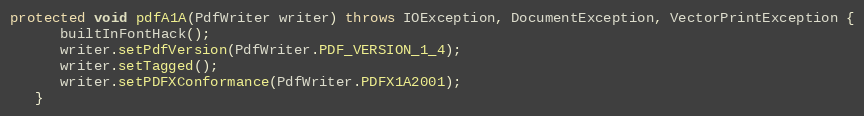
Language: Java
protected void pdfA1A(PdfWriter writer) throws IOException, DocumentException, VectorPrintException {
      builtInFontHack();
      writer.setPdfVersion(PdfWriter.PDF_VERSION_1_4);
      writer.setTagged();
      writer.setPDFXConformance(PdfWriter.PDFX1A2001);
   }